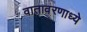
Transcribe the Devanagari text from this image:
वातावरणाध्ये